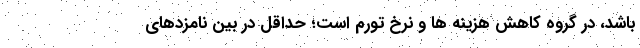
باشد، در گروه کاهش هزینه ها و نرخ تورم است؛ حداقل در بین نامزدهای